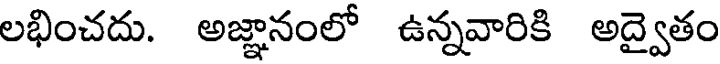
లభించదు. అజ్ఞానంలో ఉన్నవారికి అద్వైతం